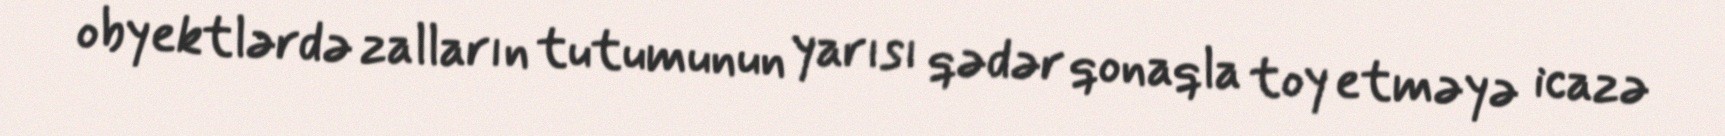
obyektlərdə zalların tutumunun yarısı qədər qonaqla toy etməyə icazə